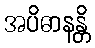
အပိဓာနန္တိ